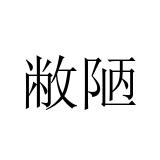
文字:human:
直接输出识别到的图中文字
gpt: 敝陋